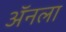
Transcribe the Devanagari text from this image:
ॲनला